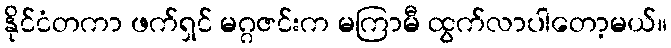
နိုင်ငံတကာ ဖက်ရှင် မဂ္ဂဇင်းက မကြာမီ ထွက်လာပါတော့မယ်။